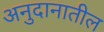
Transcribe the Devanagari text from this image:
अनुदानातील